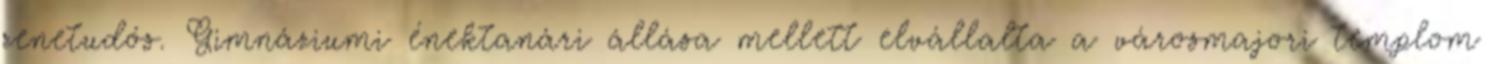
zenetudós. Gimnáziumi énektanári állása mellett elvállalta a városmajori templom